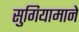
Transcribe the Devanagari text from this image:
सुगियामाने